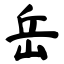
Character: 岳